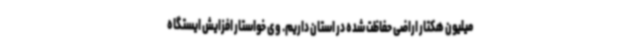
میلیون هکتار اراضی حفاظت شده در استان داریم. وی خواستار افزایش ایستگاه